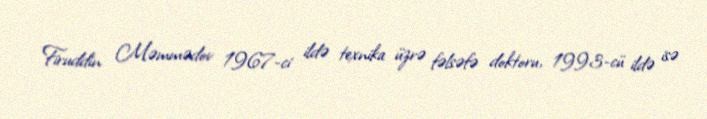
Firuddin Məmmədov 1967-ci ildə texnika üzrə fəlsəfə doktoru, 1993-cü ildə isə